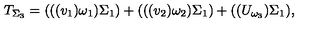
T _ { \Sigma _ { 3 } } = ( ( ( v _ { 1 } ) \omega _ { 1 } ) \Sigma _ { 1 } ) + ( ( ( v _ { 2 } ) \omega _ { 2 } ) \Sigma _ { 1 } ) + ( ( U _ { \omega _ { 3 } } ) \Sigma _ { 1 } ) ,